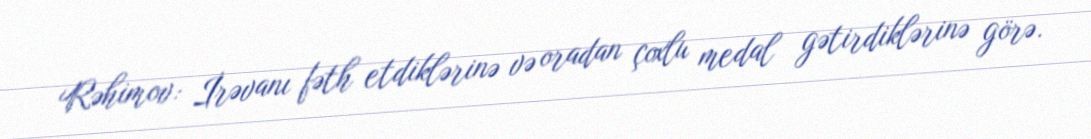
Rəhimov: İrəvanı fəth etdiklərinə və oradan çoxlu medal gətirdiklərinə görə.